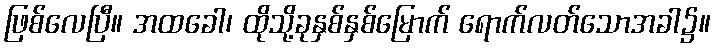
ဖြစ်လေပြီ။ အထခေါ၊ ထိုသို့ခုနှစ်နှစ်မြောက် ရောက်လတ်သောအခါ၌။